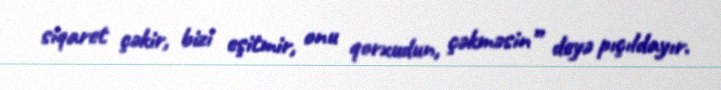
siqaret çəkir, bizi eşitmir, onu qorxudun, çəkməsin” deyə pıçıldayır.